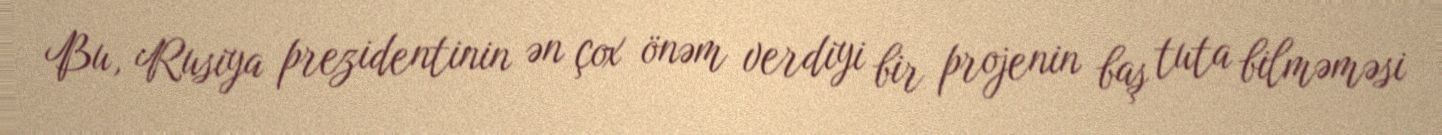
Bu, Rusiya prezidentinin ən çox önəm verdiyi bir projenin baş tuta bilməməsi